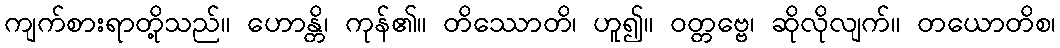
ကျက်စားရာတို့သည်။ ဟောန္တိ၊ ကုန်၏။ တိဿောတိ၊ ဟူ၍။ ဝတ္တဗ္ဗေ၊ ဆိုလိုလျက်။ တယောတိစ၊